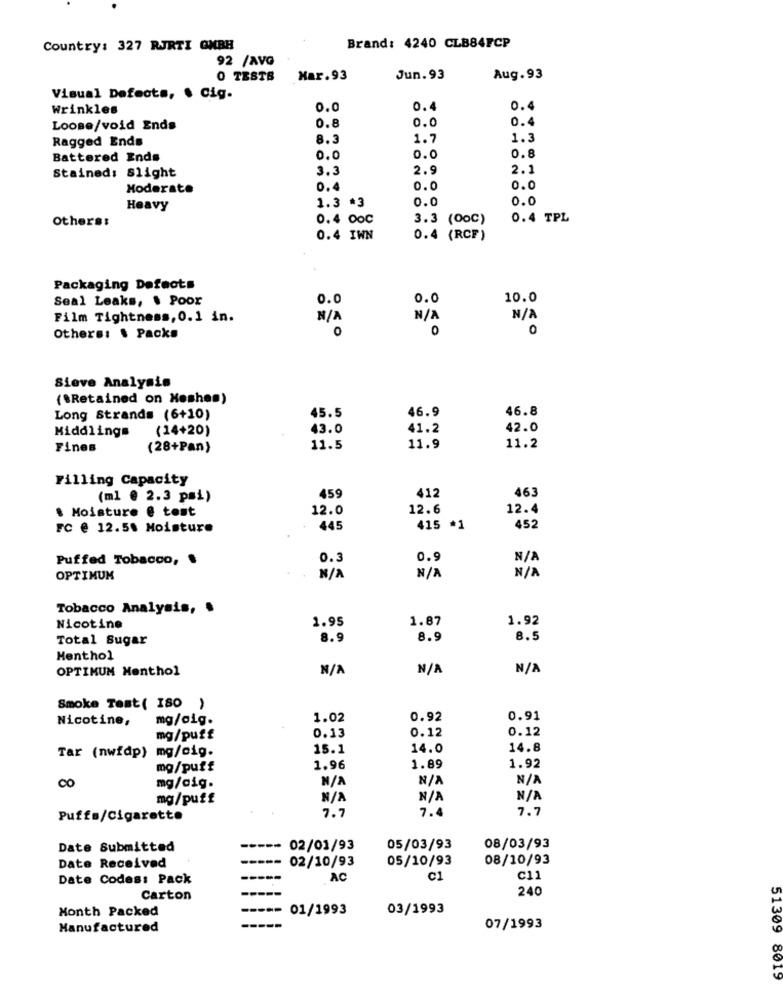
Country: 327 RJRTI GMBH
Brand: 4240 CLB84FCP
92 /AVG
0 TESTS
Har.93
Jun.93
Aug.93
Visual Defects, . Cig.
Wrinkles
0.0
0.4
0.4
0.0
0.4
Loose/void Ends
0.8
Ragged Ends
8.3
1.7
1.3
0.8
Battered Ends
0.0
0.0
3.3
2.9
2.1
Stained: Slight
Moderate
0,4
0.0
0.0
1.3 *3
0.0
0.0
Heavy
Others:
0.4 0oc
3.3 (OoC)
0.4 TPL
0.4 IWN
0.4 (RCF)
Packaging Defects
Seal Leaks, . Poor
0.0
0.0
10.0
Film Tightness, 0.1 in.
0
0
0
Others: $ Packs
Sieve Analysis
("Retained on Neshes)
45.5
46.9
46.8
Long Strands (6+10)
(14+20)
43.0
41.2
42.0
Middlings
Fines
(28+Pan)
11.5
11.9
11.2
Filling Capacity
459
412
463
(ml @ 2.3 pmi)
. Moisture @ tost
12.0
12.6
12.4
FC @ 12.5% Moisture
445
415 *1
452
Puffed Tobacco, $
0.3
0.
OPTIMUM
Tobacco Analysis, .
1.95
1.87
1.92
Nicotine
Total Sugar
8.9
8.9
8.5
Menthol
OPTIMUM Menthol
Smoke Test( ISO )
Nicotine,
mg/cig.
1.02
0.92
0.91
0.12
0.12
mg/puff
0.13
Tar (nwfdp) mg/cig.
15.1
14.0
14.8
mg/puff
1.96
1.89
1.92
CO
mg/cig.
mg/puff
7.7
7.
7.7
Puffs/Cigarette
Date Submitted
02/01/93
05/03/93
08/03/93
Date Received
02/10/93
05/10/93
08/10/93
Date Codes: Pack
AC
c1
C11
240
Carton
Month Packed
01/1993
03/1993
Manufactured
07/1993
51309 8019